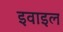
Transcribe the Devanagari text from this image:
इवाइल